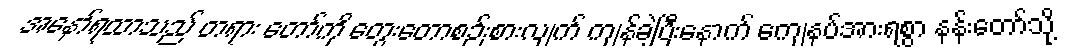
အနော်ရထာသည် တရား တော်ကို တွေးတောစဉ်းစားလျက် ကျန်ခဲ့ပြီးနောက် ကျေနပ်အားရစွာ နန်းတော်သို့